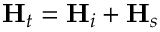
\mathbf { H } _ { t } = \mathbf { H } _ { i } + \mathbf { H } _ { s }